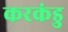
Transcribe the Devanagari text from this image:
करकंडु